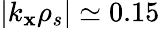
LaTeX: |k_{\mathbf{x}}\rho_{s}|\simeq0.15